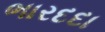
ભારદદા